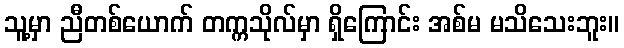
သူ့မှာ ညီတစ်ယောက် တက္ကသိုလ်မှာ ရှိကြောင်း အစ်မ မသိသေးဘူး။